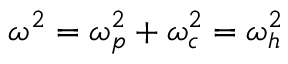
\omega ^ { 2 } = \omega _ { p } ^ { 2 } + \omega _ { c } ^ { 2 } = \omega _ { h } ^ { 2 }